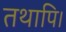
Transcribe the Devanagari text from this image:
तथापि।